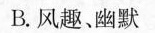
B.风趣、幽默.